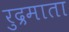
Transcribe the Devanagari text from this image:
रुद्रमाता